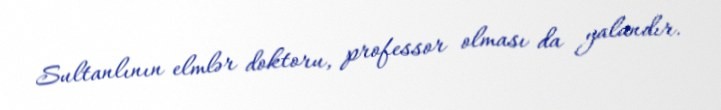
Sultanlının elmlər doktoru, professor olması da yalandır.